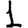
Digit: 1